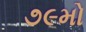
૭૯મો